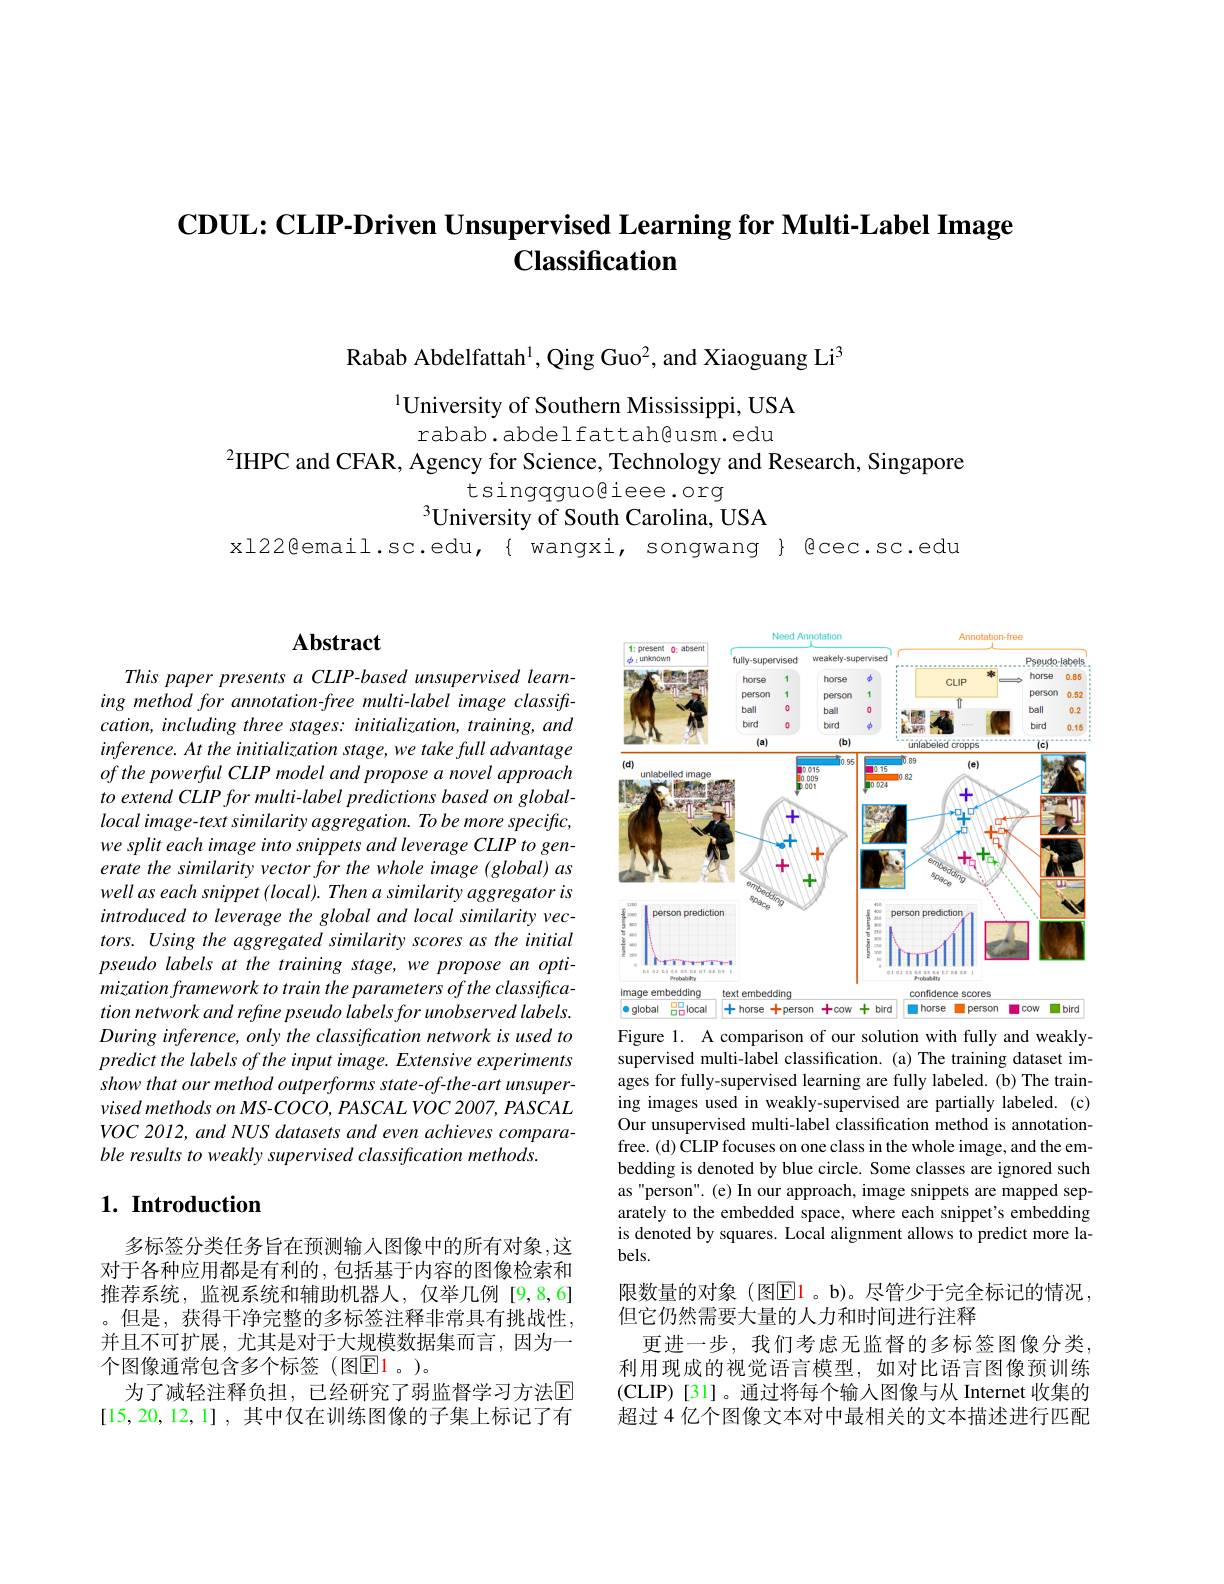
# $\mathbf{CDUL:CLIP-Driven~Unsupervised~Learning~for~Multi-Label~Image}$ Classification

Rabab Abdelfattah$^1$,Qing Guo$^2$, and Xiaoguang Li$^{3}$

$^{1}$University of Southern Mississippi, USA
rabab. abdel fattah@usm. edu
$^{2}$IHPC and CFAR, Agency for Science, Technology and Research, Singapore
tsingqguoßiee.org
$^3$University of South Carolina, USA
xl22@email.sc.edu,{ wangxi, songwang}{ @cec.sc.edu

## $\mathbf{Abstract}$

This paper presents a CLIP-based unsupervised learning method for annotation-free multi-label image classift- $cation,including$ three stages: initialization, training, and inference. At the initialization stage, we take full advantage ofthepowerfulCLIPmodelandproposeanovelapproach to extend CLIP for multi-label predictions based on globallocal image-text similarity aggregation. To be more specific, we split each image into snippets and leverage CLIP to generate the similarity vector for the whole image (global) as well as each snippet (local). Then a similarity aggregator is introduced to leverage the global and local similarity vectors. Using the aggregated similarity scores as the initial pseudo labels at the training stage, we propose an optimization framework to train the parameters of the classification network and refine pseudo labels for unobserved labels. During inference, only the classification network is used to predict the labels of the input image. Extensive experiments show that our method outperforms state-of-the-art unsuper- $visedmethods~on~MS-COCO,~PASCAL~VOC~2007,~PASCAL$ VOC 2012, and NUS datasets and even achieves comparable results to weakly supervised classification methods

## $1. \textbf{ Introduction}$

多标签分类任务旨在预测输入图像中的所有对象，这对于各种应用都是有利的，包括基于内容的图像检索和推荐系统，监视系统和辅助机器人，仅举几例[9,8,6] 。但是，获得干净完整的多标签注释非常具有挑战性， 并且不可扩展，尤其是对于大规模数据集而言，因为一个图像通常包含多个标签(图$\boxed{\mathrm{E}}1$。)。
为了减轻注释负担，已经研究了弱监督学习方法$\mathbb{E}$ [15,20,12,1],其中仅在训练图像的子集上标记了有

<FigureHere>
Figure 1. A comparison of our solution with fully and weakly-

supervised multi-label classification.(a) The training dataset images for fully-supervised learning are fully labeled. (b) The training images used in weakly-supervised are partially labeled.(c) Our unsupervised multi-label classification method is annotationfree.(d)CLIP focuses on one class in the whole image, and the embedding is denoted by blue circle. Some classes are ignored such as "person". (e) In our approach, image snippets are mapped separately to the embedded space, where each snippet's embedding is denoted by squares. Local alignment allows to predict more labels.

限数量的对象(图$\mathbb{E}$1。b)。尽管少于完全标记的情况，
但它仍然需要大量的人力和时间进行注释
更进一步，我们考虑无监督的多标签图像分类， 利用现成的视觉语言模型，如对比语言图像预训练(CLIP)[31]。通过将每个输入图像与从 Internet 收集的超过 4 亿个图像文本对中最相关的文本描述进行匹配